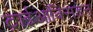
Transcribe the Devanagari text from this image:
ट्राईआक्सिडेन